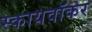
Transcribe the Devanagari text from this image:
स्कायवॉकर